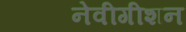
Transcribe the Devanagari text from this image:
नेवीगीशन